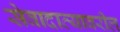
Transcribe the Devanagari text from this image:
सेवादात्यावरील